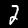
Digit: 2